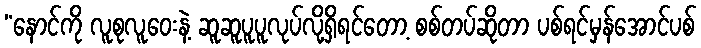
“နောင်ကို လူစုလူဝေးနဲ့ ဆူဆူပူပူလုပ်လို့ရှိရင်တော့ စစ်တပ်ဆိုတာ ပစ်ရင်မှန်အောင်ပစ်